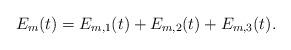
LaTeX: \begin{align*}E_m(t)=E_{m,1}(t)+E_{m,2}(t)+E_{m,3}(t).\end{align*}